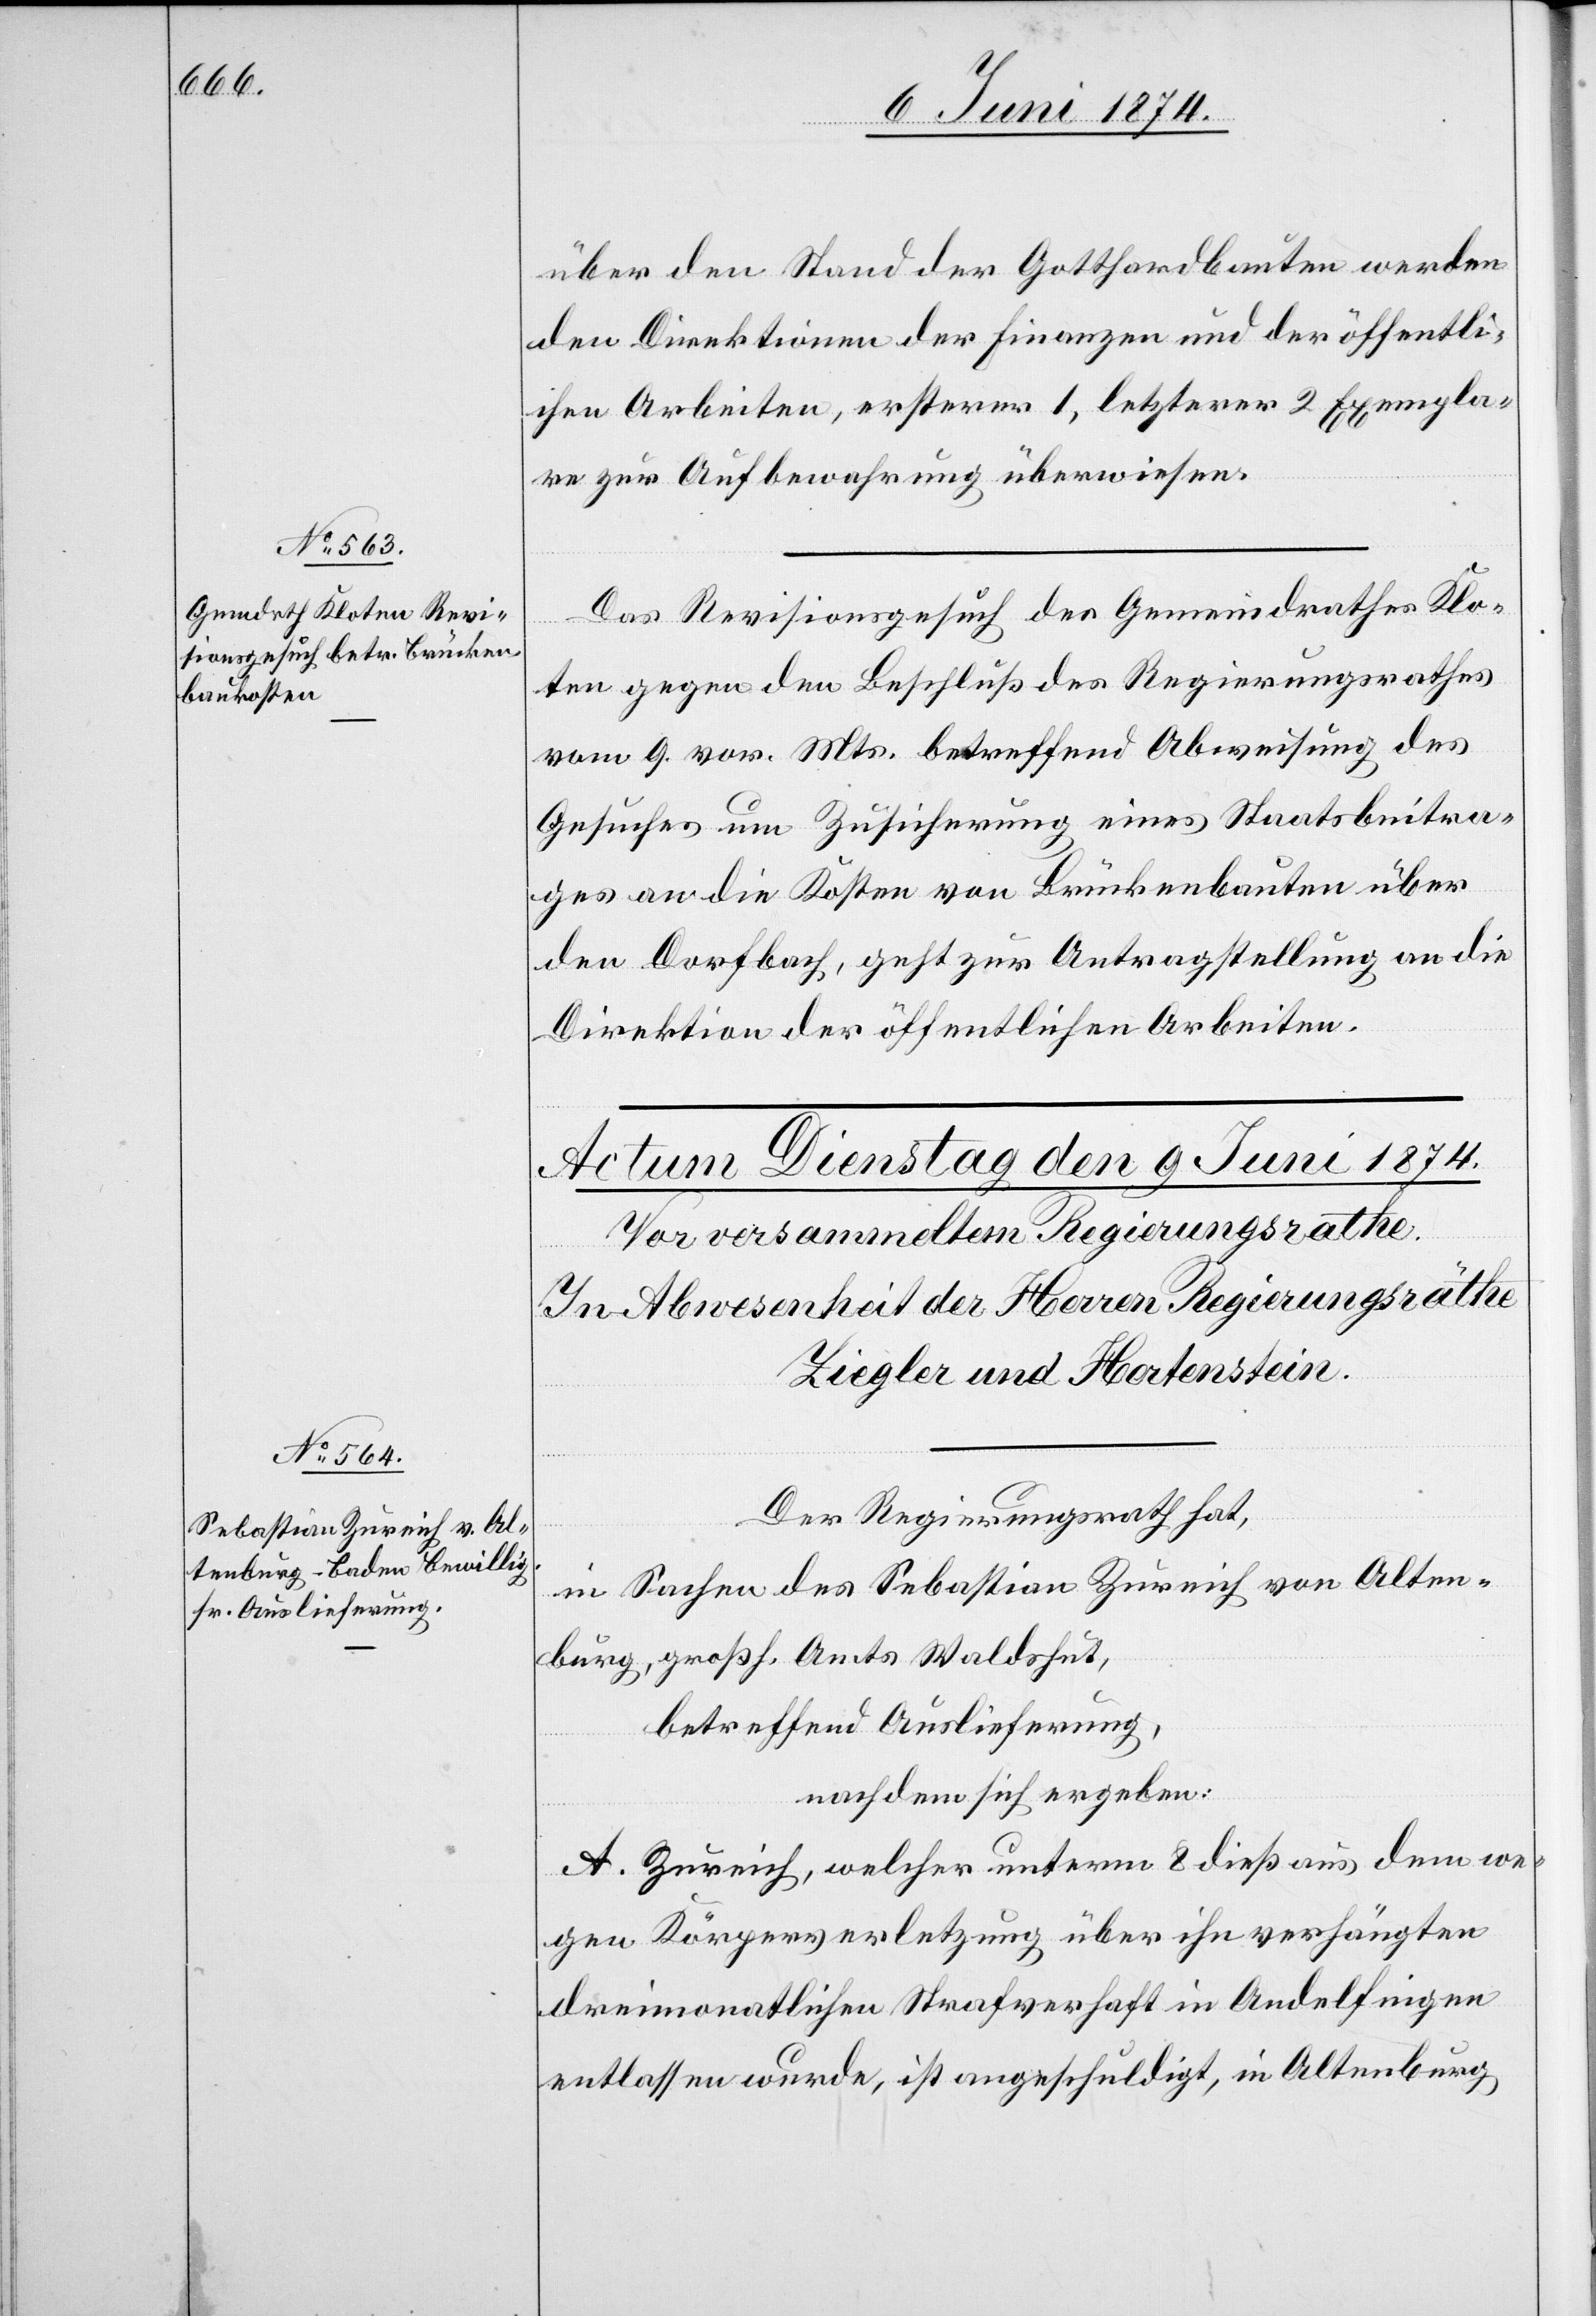
8. Juni 1874.]
über den Stand der Gotthardbauten werden
den Direktionen der Finanzen und der öffentli¬
chen Arbeiten, erstern 1, letztern 2 Exempla¬
re zur Aufbewahrung überwiesen.
Das Revisionsgesuch des Gemeindrathes Klo¬
ten gegen den Beschluß des Regierungsrathes
vom 9. vor. Mts. betreffend Abweisung des
Gesuches um Zusicherung eines Staatsbeitra¬
ges an die Kosten von Brückenbauten über
den Dorfbach, geht zur Antragstellung an die
Direktion der öffentlichen Arbeiten.
Der Regierungsrath hat,
in Sachen des Sebastian Zureich von Alten¬
burg, großh. Amts Waldshut,
betreffend Auslieferung,
nachdem sich ergeben:
A. Zureich, welcher unterm 8. dieß aus dem we¬
gen Körperverletzung über ihn verhängten
dreimonatlichen Strafverhaft in Andelfingen
entlassen wurde, ist angeschuldigt, in Altenburg